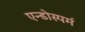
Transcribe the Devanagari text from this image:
एन्डोस्पर्म